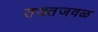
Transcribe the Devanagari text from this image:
तख्तजवळ